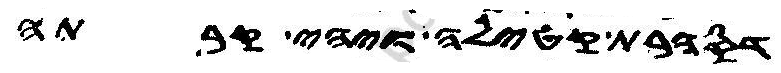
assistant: דסהרת קטילה ויתהי קרתה